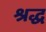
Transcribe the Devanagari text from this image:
श्रद्ध